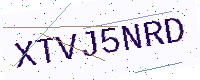
Text: XTVJ5NRD